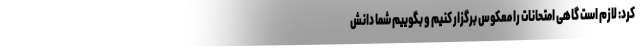
کرد: لازم است گاهی امتحانات را معکوس برگزار کنیم و بگوییم شما دانش